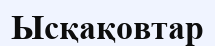
Ысқақовтар